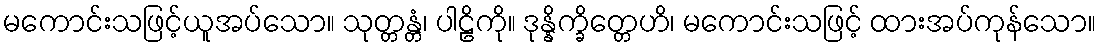
မကောင်းသဖြင့်ယူအပ်သော။ သုတ္တန္တံ၊ ပါဠိကို။ ဒုန္နိက္ခိတ္တေဟိ၊ မကောင်းသဖြင့် ထားအပ်ကုန်သော။